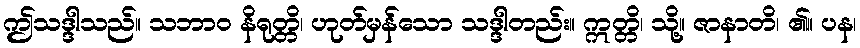
ဤသဒ္ဒါသည်။ သဘာဝ နိရုတ္တိ၊ ဟုတ်မှန်သော သဒ္ဒါတည်း။ ဣတ္တိ၊ သို့။ ဇာနာတိ၊ ၏။ ပန၊